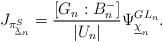
LaTeX: \begin{align*} J_{\pi_{\underline{\chi}_n}^{S}}=\frac{[G_n:B_{n}^{-}]}{|U_n|}\Psi_{\underline{\chi}_n}^{GL_n}.\end{align*}